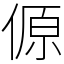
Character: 傆